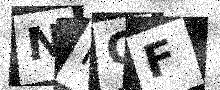
Text: NKQF